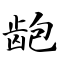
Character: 龅